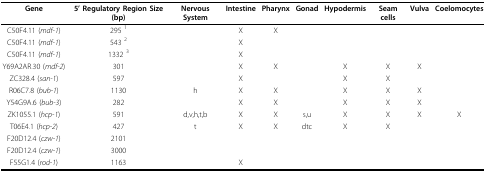
<table><thead><tr><td><b>Gene</b></td><td><b>5&#x27; Regulatory Region Size (bp)</b></td><td><b>Nervous System</b></td><td><b>Intestine</b></td><td><b>Pharynx</b></td><td><b>Gonad</b></td><td><b>Hypodermis</b></td><td><b>Seam cells</b></td><td><b>Vulva</b></td><td><b>Coelomocytes</b></td></tr></thead><tbody><tr><td>C50F4.11 (<i>mdf-1</i>)</td><td>295 <sup>1</sup></td><td></td><td>X</td><td>X</td><td></td><td></td><td></td><td></td><td></td></tr><tr><td>C50F4.11 (<i>mdf-1</i>)</td><td>543 <sup>2</sup></td><td></td><td>X</td><td></td><td></td><td></td><td></td><td></td><td></td></tr><tr><td>C50F4.11 (<i>mdf-1</i>)</td><td>1332 <sup>3</sup></td><td></td><td>X</td><td></td><td></td><td></td><td></td><td></td><td></td></tr><tr><td>Y69A2AR.30 (<i>mdf-2</i>)</td><td>301</td><td></td><td>X</td><td>X</td><td></td><td>X</td><td>X</td><td>X</td><td></td></tr><tr><td>ZC328.4 (<i>san-1</i>)</td><td>597</td><td></td><td>X</td><td></td><td></td><td>X</td><td>X</td><td></td><td></td></tr><tr><td>R06C7.8 (<i>bub-1</i>)</td><td>1130</td><td>h</td><td>X</td><td>X</td><td></td><td>X</td><td>X</td><td>X</td><td></td></tr><tr><td>Y54G9A.6 (<i>bub-3</i>)</td><td>282</td><td></td><td>X</td><td>X</td><td></td><td>X</td><td>X</td><td>X</td><td></td></tr><tr><td>ZK1055.1 (<i>hcp-1</i>)</td><td>591</td><td>d,v,h,t,b</td><td>X</td><td>X</td><td>s,u</td><td>X</td><td>X</td><td>X</td><td>X</td></tr><tr><td>T06E4.1 (<i>hcp-2</i>)</td><td>427</td><td>t</td><td>X</td><td>X</td><td>dtc</td><td>X</td><td>X</td><td></td><td></td></tr><tr><td>F20D12.4 (<i>czw-1</i>)</td><td>2101</td><td></td><td></td><td></td><td></td><td></td><td></td><td></td><td></td></tr><tr><td>F20D12.4 (<i>czw-1</i>)</td><td>3000</td><td></td><td></td><td></td><td></td><td></td><td></td><td></td><td></td></tr><tr><td>F55G1.4 (<i>rod-1</i>)</td><td>1163</td><td></td><td>X</td><td></td><td></td><td></td><td></td><td></td><td></td></tr></tbody></table>